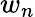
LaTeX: w_{n}